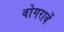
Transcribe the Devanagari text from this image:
वोगरावें